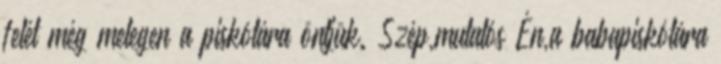
felét még melegen a piskótára öntjük. Szép,mutatós Én,a babapiskótára